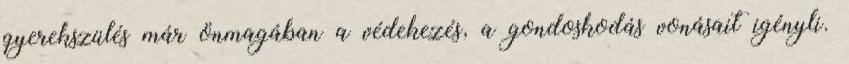
gyerekszülés már önmagában a védekezés, a gondoskodás vonásait igényli.